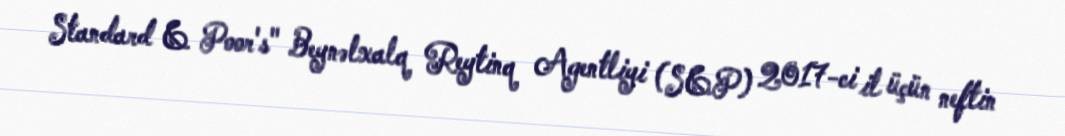
Standard & Poor's" Beynəlxalq Reytinq Agentliyi (S&P) 2017-ci il üçün neftin